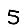
Digit: 5